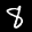
Label: 8